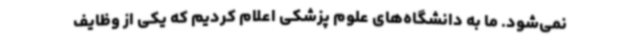
نمی‌شود. ما به دانشگاه‌های علوم پزشکی اعلام کردیم که یکی از وظایف